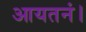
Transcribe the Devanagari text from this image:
आयतनं।